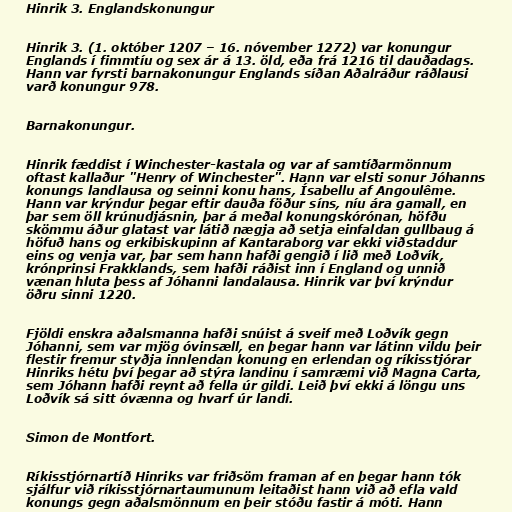
Hinrik 3. Englandskonungur

Hinrik 3. (1. október 1207 – 16. nóvember 1272) var konungur
Englands í fimmtíu og sex ár á 13. öld, eða frá 1216 til dauðadags.
Hann var fyrsti barnakonungur Englands síðan Aðalráður ráðlausi
varð konungur 978.

Barnakonungur.

Hinrik fæddist í Winchester-kastala og var af samtíðarmönnum
oftast kallaður "Henry of Winchester". Hann var elsti sonur Jóhanns
konungs landlausa og seinni konu hans, Ísabellu af Angoulême.
Hann var krýndur þegar eftir dauða föður síns, níu ára gamall, en
þar sem öll krúnudjásnin, þar á meðal konungskórónan, höfðu
skömmu áður glatast var látið nægja að setja einfaldan gullbaug á
höfuð hans og erkibiskupinn af Kantaraborg var ekki viðstaddur
eins og venja var, þar sem hann hafði gengið í lið með Loðvík,
krónprinsi Frakklands, sem hafði ráðist inn í England og unnið
vænan hluta þess af Jóhanni landalausa. Hinrik var því krýndur
öðru sinni 1220.

Fjöldi enskra aðalsmanna hafði snúist á sveif með Loðvík gegn
Jóhanni, sem var mjög óvinsæll, en þegar hann var látinn vildu þeir
flestir fremur styðja innlendan konung en erlendan og ríkisstjórar
Hinriks hétu því þegar að stýra landinu í samræmi við Magna Carta,
sem Jóhann hafði reynt að fella úr gildi. Leið því ekki á löngu uns
Loðvík sá sitt óvænna og hvarf úr landi.

Simon de Montfort.

Ríkisstjórnartíð Hinriks var friðsöm framan af en þegar hann tók
sjálfur við ríkisstjórnartaumunum leitaðist hann við að efla vald
konungs gegn aðalsmönnum en þeir stóðu fastir á móti. Hann